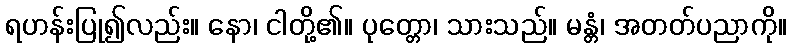
ရဟန်းပြု၍လည်း။ နော၊ ငါတို့၏။ ပုတ္တော၊ သားသည်။ မန္တံ၊ အတတ်ပညာကို။